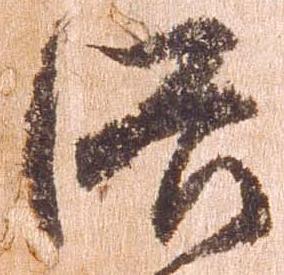
洛